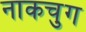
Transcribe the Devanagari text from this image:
नाकचुग